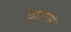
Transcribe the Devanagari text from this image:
कोरसे